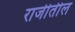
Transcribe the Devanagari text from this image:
राजीतील